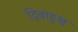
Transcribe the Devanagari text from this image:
द्विबाहुश्च